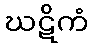
ဃဋိကံ